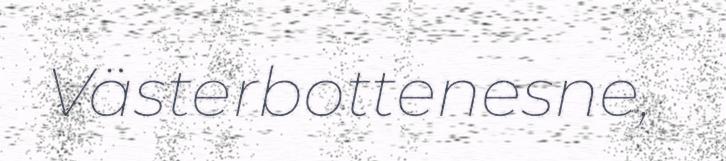
Västerbottenesne,